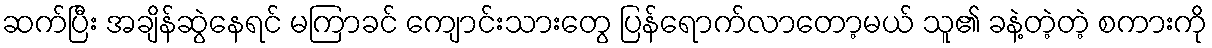
ဆက်ပြီး အချိန်ဆွဲနေရင် မကြာခင် ကျောင်းသားတွေ ပြန်ရောက်လာတော့မယ် သူ၏ ခနဲ့တဲ့တဲ့ စကားကို